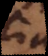
lia